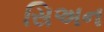
સિઅન